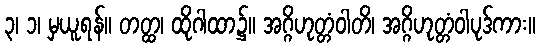
၃၊ ၁၊ မှယူရန်။ တတ္ထ၊ ထိုဂါထာ၌။ အဂ္ဂိဟုတ္တံဝါတိ၊ အဂ္ဂိဟုတ္တံဝါပုဒ်ကား။